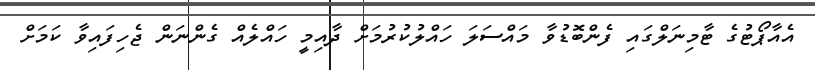
އެއާޕޯޓުގެ ޓާމިނަލްގައި ފެންބޮޑުވާ މައްސަލަ ހައްލުކުރުމަށް ދާއިމީ ހައްލެއް ގެންނަން ޖެހިފައިވާ ކަމަށް